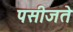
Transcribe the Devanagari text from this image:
पसीजते